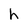
Character: h